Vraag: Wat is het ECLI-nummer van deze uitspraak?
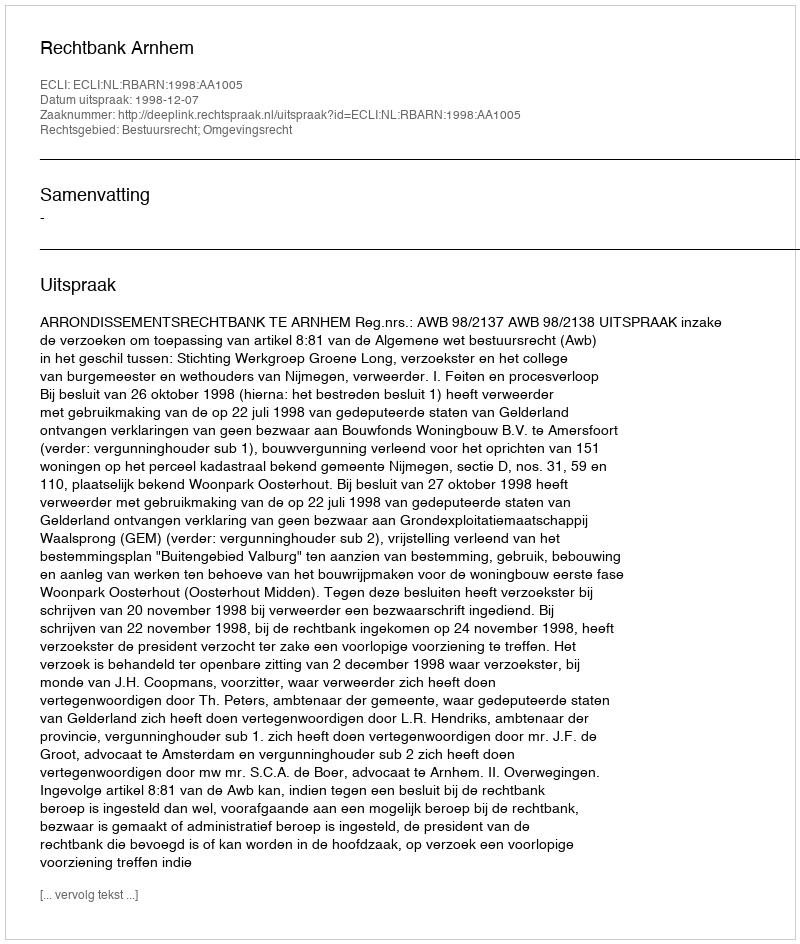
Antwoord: ECLI:NL:RBARN:1998:AA1005